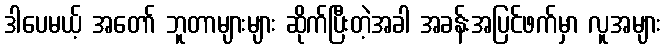
ဒါပေမယ့် အတော် ဘူတာများများ ဆိုက်ပြီးတဲ့အခါ အခန်းအပြင်ဖက်မှာ လူအများ